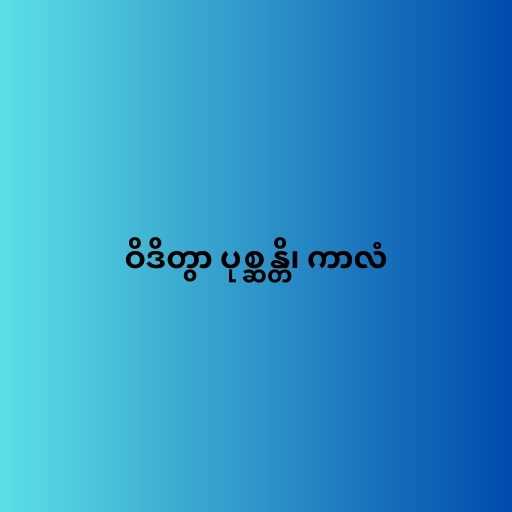
ဝိဒိတွာ ပုစ္ဆန္တိ၊ ကာလံ